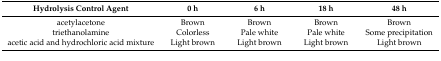
| Hydrolysis Control Agent | 0 h | 6 h | 18 h | 48 h |
 | --- | --- | --- | --- | --- |
 | acetylacetone | Brown | Brown | Brown | Brown |
 | triethanolamine | Colorless | Pale white | Pale white | Some precipitation |
 | acetic acid and hydrochloric acid mixture | Light brown | Light brown | Light brown | Light brown |